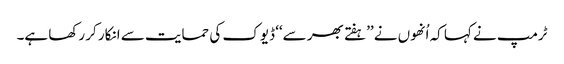
ٹرمپ نے کہا کہ اُنھوں نے ’’ہفتے بھر سے‘‘ ڈیوک کی حمایت سے انکار کر رکھا ہے۔